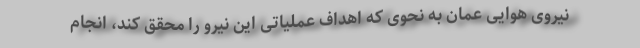
نیروی هوایی عمان به نحوی که اهداف عملیاتی این نیرو را محقق کند، انجام